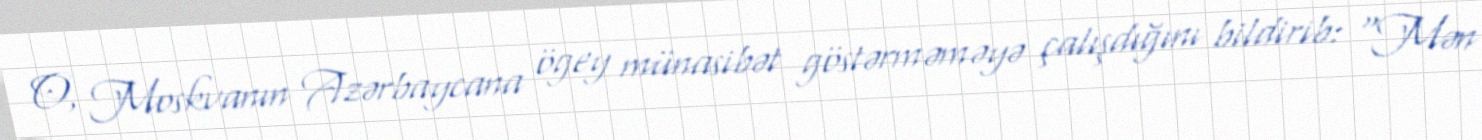
O, Moskvanın Azərbaycana ögey münasibət göstərməməyə çalışdığını bildirib: “Mən